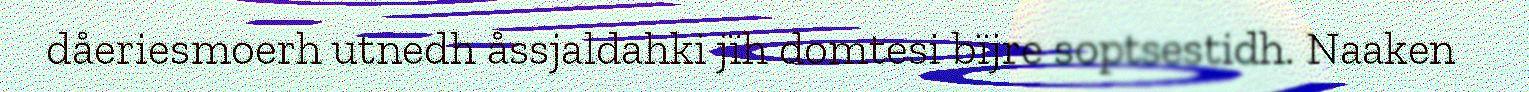
dåeriesmoerh utnedh åssjaldahki jïh domtesi bïjre soptsestidh. Naaken